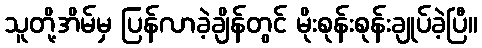
သူတို့အိမ်မှ ပြန်လာခဲ့ချိန်တွင် မိုးစုန်းစုန်းချုပ်ခဲ့ပြီ။